Civil Veterinary Department Bihar & Orissa reports 1911-21 - 1911-1921
Year: 1911
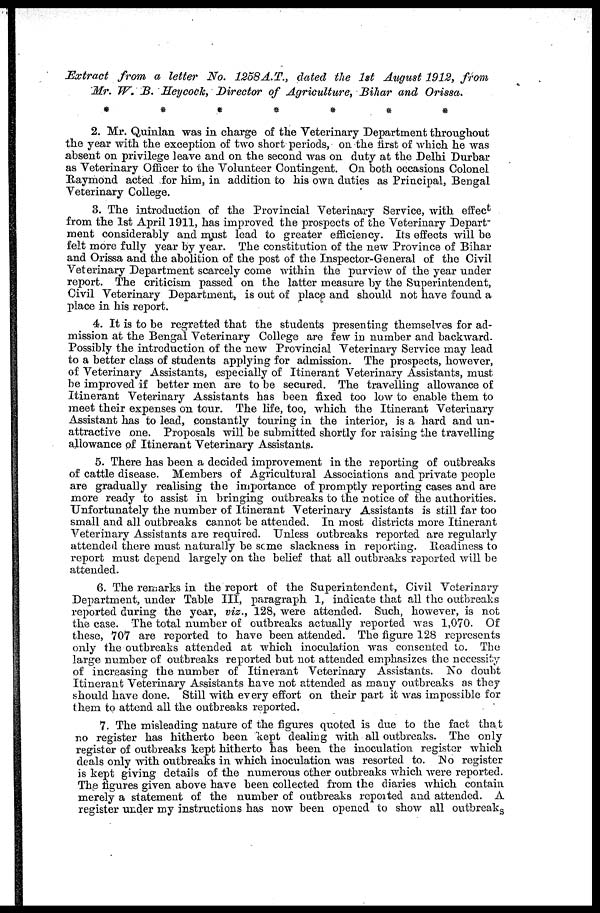
Extract from a letter No. 1258 A.T., dated the 1st August 1912, from
Mr. W.B. Heycock, Director of Agriculture, Bihar and Orissa.
2. Mr. Quinlan was in charge of the Veterinary Department throughout
the year with the exception of two short periods, on the first of which he was
absent on privilege leave and on the second was on duty at the Delhi Durbar
as Veterinary Officer to the Volunteer Contingent. On both occasions Colonel
Raymond acted for him, in addition to his own duties as Principal, Bengal
Veterinary College.
3. The introduction of the Provincial Veterinary Service, with effect
from the 1st April 1911, has improved the prospects of the Veterinary Depart"
ment considerably and must lead to greater efficiency. Its effects will be
felt more fully year by year. The constitution of the new Province of Bihar
and Orissa and the abolition of the post of the Inspector-General of the Civil
Veterinary Department scarcely come within the purview of the year under
report. The criticism passed on the latter measure by the Superintendent,
Civil Veterinary Department, is out of place and should not have found a
place in his report.
4. It is to be regretted that the students presenting themselves for ad-
mission at the Bengal Veterinary College are few in number and backward.
Possibly the introduction of the new Provincial Veterinary Service may lead
to a better class of students applying for admission. The prospects, however,
of Veterinary Assistants, especially of Itinerant Veterinary Assistants, must
be improved if better men are to be secured. The travelling allowance of
Itinerant Veterinary Assistants has been fixed too low to enable them to
meet their expenses on tour. The life, too, which the Itinerant Veterinary
Assistant has to lead, constantly touring in the interior, is a hard and un-
attractive one. Proposals will be submitted shortly for raising the travelling
allowance of Itinerant Veterinary Assistants.
5. There has been a decided improvement in the reporting of outbreaks
of cattle disease. Members of Agricultural Associations and private people
are gradually realising the importance of promptly reporting cases and are
more ready to assist in bringing outbreaks to the notice of the authorities.
Unfortunately the number of Itinerant Veterinary Assistants is still far too
small and all outbreaks cannot be attended. In most districts more Itinerant
Veterinary Assistants are required. Unless outbreaks reported are regularly
attended there must naturally be some slackness in reporting. Readiness to
report must depend largely on the belief that all outbreaks reported will be
attended.
6. The remarks in the report of the Superintendent, Civil Veterinary
Department, under Table III, paragraph 1, indicate that all the outbreaks
reported during the year, viz., 128, were attended. Such, however, is not
the case. The total number of outbreaks actually reported was 1,070. Of
these, 707 are reported to have been attended. The figure 128 represents
only the outbreaks attended at which inoculation was consented to. The
large number of outbreaks reported but not attended emphasizes the necessity
of increasing the number of Itinerant Veterinary Assistants. No doubt
Itinerant Veterinary Assistants have not attended as many outbreaks as they
should have done. Still with every effort on their part it was impossible for
them to attend all the outbreaks reported.
7. The misleading nature of the figures quoted is due to the fact that
no register has hitherto been kept dealing with all outbreaks. The only
register of outbreaks kept hitherto has been the inoculation register which
deals only with outbreaks in which inoculation was resorted to. No register
is kept giving details of the numerous other outbreaks which were reported.
The figures given above have been collected from the diaries which contain
merely a statement of the number of outbreaks reported and attended. A
register under my instructions has now been opened to show all outbreaks